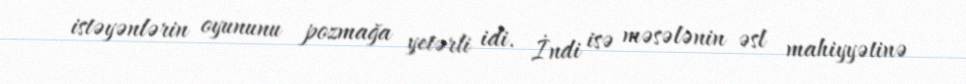
istəyənlərin oyununu pozmağa yetərli idi. İndi isə məsələnin əsl mahiyyətinə